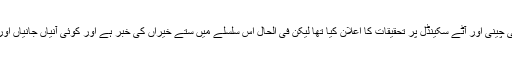
نیب نے پچھلے مہینے اسی چینی اور آٹے سکینڈل پر تحقیقات کا اعلان کیا تھا لیکن فی الحال اس سلسلے میں ستے خیراں کی خبر ہے اور کوئی آنیاں جانیاں اور پھرتیاں نظر نہیں آ رہیں۔